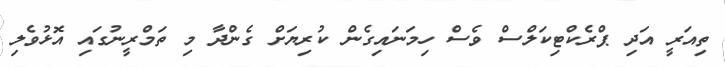
ތިއަރީ އަދި ޕްރެކްޓިކަލްސް ވެސް ހިމަނައިގެން ކުރިޔަށް ގެންދާ މި ތަމްރީނުގައި އޮޅުވެލި